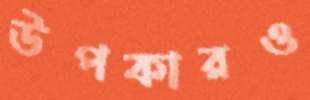
উপকারও